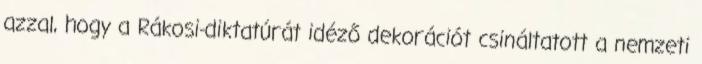
azzal, hogy a Rákosi-diktatúrát idéző dekorációt csináltatott a nemzeti